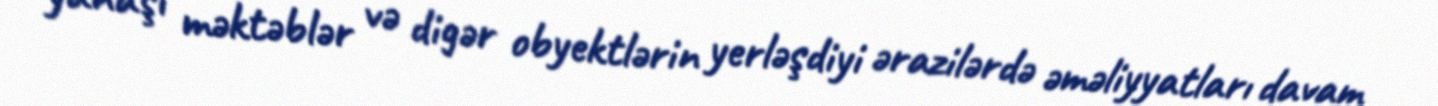
yanaşı məktəblər və digər obyektlərin yerləşdiyi ərazilərdə əməliyyatları davam